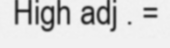
High adj . =